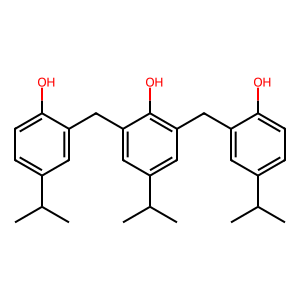
SMILES: CC(C)c1ccc(O)c(Cc2cc(C(C)C)cc(Cc3cc(C(C)C)ccc3O)c2O)c1
Inhibits HIV replication: No